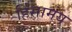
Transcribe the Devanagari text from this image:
हिंसामय